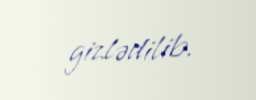
gizlədilib.